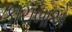
કાચબાએ